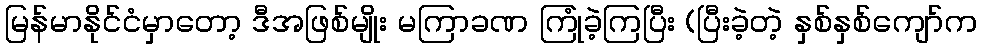
မြန်မာနိုင်ငံမှာတော့ ဒီအဖြစ်မျိုး မကြာခဏ ကြုံခဲ့ကြပြီး (ပြီးခဲ့တဲ့ နှစ်နှစ်ကျော်က